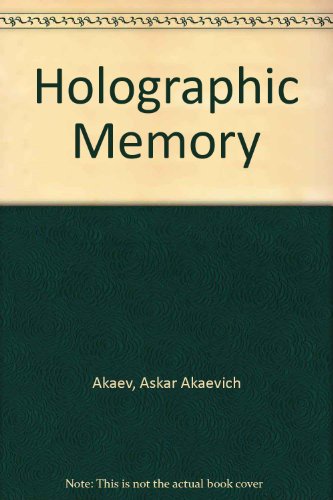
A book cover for Holographic Memory; Askar Akaevich Akaev; Computers & Technology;